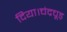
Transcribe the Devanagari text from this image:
दिया।चंद्रचूड़